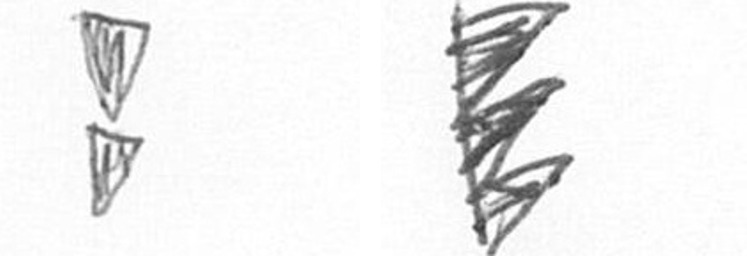
Z H